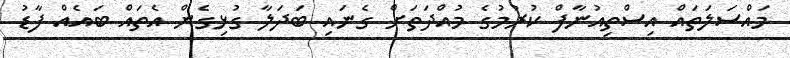
މައްސަލަތައް އިސްތިއުނާފް ކުރުމުގެ މުއްދަތަށް ގެނައި ބަދަލާ ގުޅިގެން އެތައް ބައެއް ފާޑު